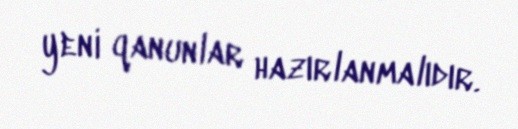
yeni qanunlar hazırlanmalıdır.